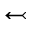
\leftarrowtail